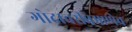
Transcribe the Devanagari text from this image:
गोदावरीप्रमाणेच